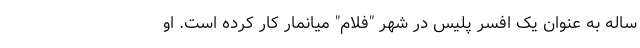
ساله به عنوان یک افسر پلیس در شهر "فلام" میانمار کار کرده است. او